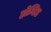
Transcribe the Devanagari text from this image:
होन्टिड